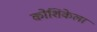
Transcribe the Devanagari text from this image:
कोशिकेला